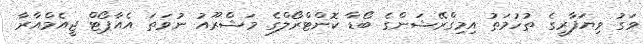
ވަގު ވިޔަފާރީގެ ތުހުމަތު އިމިގްރޭޝަންގެ ބޯޑާ ކޮންޓްރޯލްގެ މަޝްރޫއު ނުވަތަ އެއާޕޯޓް ޖީއެމްއާރާ